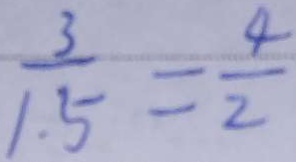
\frac { 3 } { 1 . 5 } = \frac { 4 } { 2 }